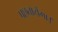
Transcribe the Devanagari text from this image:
पछ्तायेंगा।